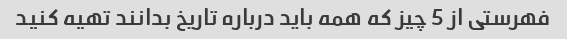
فهرستی از 5 چیز که همه باید درباره تاریخ بدانند تهیه کنید